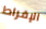
الإفراط